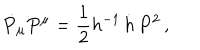
LaTeX: \dot { P } _ { \mu } P ^ { \mu } = { \frac { 1 } { 2 } } h ^ { - 1 } \, \dot { h } \, P ^ { 2 } \, ,